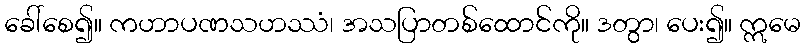
ခေါ်စေ၍။ ကဟာပဏသဟဿံ၊ အသပြာတစ်ထောင်ကို။ ဒတွာ၊ ပေး၍။ ဣမေ